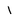
Character: l